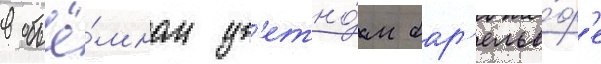
в объё́мном цв'етно́м бар'елье́ф'е